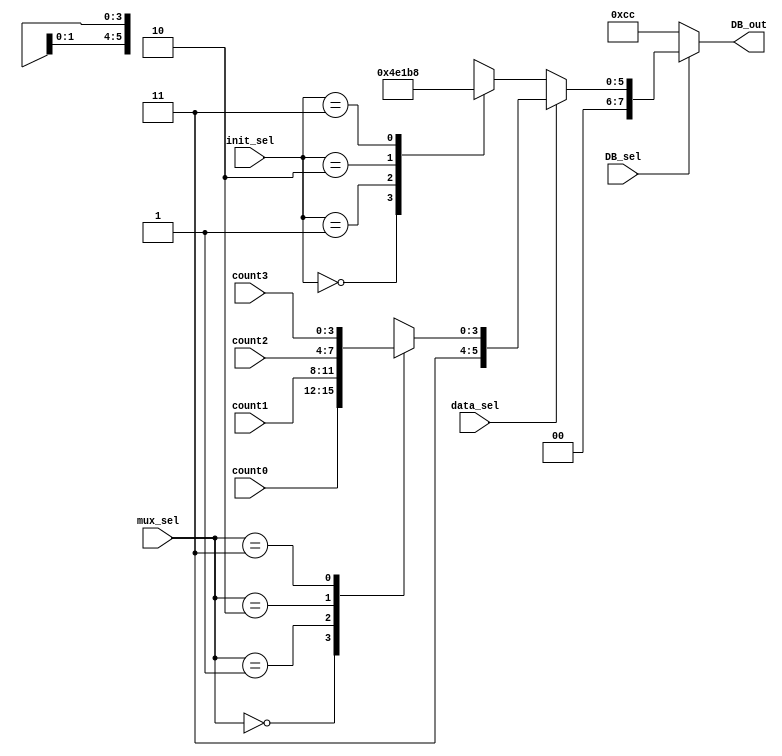
`timescale 1ns / 1ps
//////////////////////////////////////////////////////////////////////////////////
// Company: 
// Engineer: 
// 
// Design Name: 
// Module Name:    LCD_dp 
// Project Name: 
// Target Devices: 
// Tool versions: 
// Description: 
//
// Dependencies: 
//
// Revision: 
// Revision 0.01 - File Created
// Additional Comments: 
//
//////////////////////////////////////////////////////////////////////////////////
module LCD_dp(
    input [3:0]count0,
    input [3:0]count1,
    input [3:0]count2,
    input [3:0]count3,
    input [1:0]init_sel,
    input [1:0]mux_sel,
    input data_sel,
    input DB_sel,
    output [7:0] DB_out
    );
	 
	 reg [3:0] counter_mux;
	 always @*
		 begin
			case(mux_sel)
				2'b00:
					counter_mux = count0;
				2'b01:
					counter_mux = count1;
				2'b10:
					counter_mux = count2;
				2'b11:
					counter_mux = count3;
			endcase
		end
		
		
	 reg [5:0] init_reset_mux;
	 always @*
		 begin
			case(init_sel)
				2'b00:
					init_reset_mux = 6'b000001;
				2'b01:
					init_reset_mux = 6'b001110;
				2'b10:
					init_reset_mux = 6'b000110;
				2'b11:
					init_reset_mux = 6'b111000;
			endcase
		end
		
	wire [7:0] data_outx;	
	assign data_outx = data_sel ? {4'b0011, counter_mux} : {2'b00, init_reset_mux};
		
	assign DB_out = DB_sel ? data_outx : 8'hcc;
		
			


endmodule